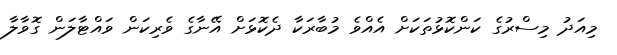
މިއަދު މިސްރުގެ ކަންކޮޅުތަކަށް އެއްވެ މުބާރަކާ ދެކޮޅަށް އޭނާގެ ވެރިކަން ވައްޓާލަން ގޮވާލާ